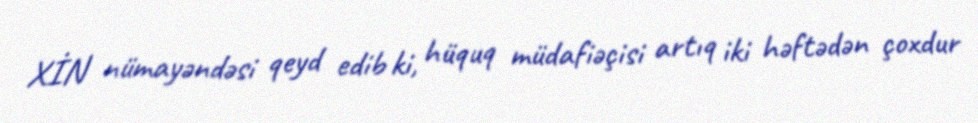
XİN nümayəndəsi qeyd edib ki, hüquq müdafiəçisi artıq iki həftədən çoxdur